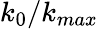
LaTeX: k_{0}/k_{max}